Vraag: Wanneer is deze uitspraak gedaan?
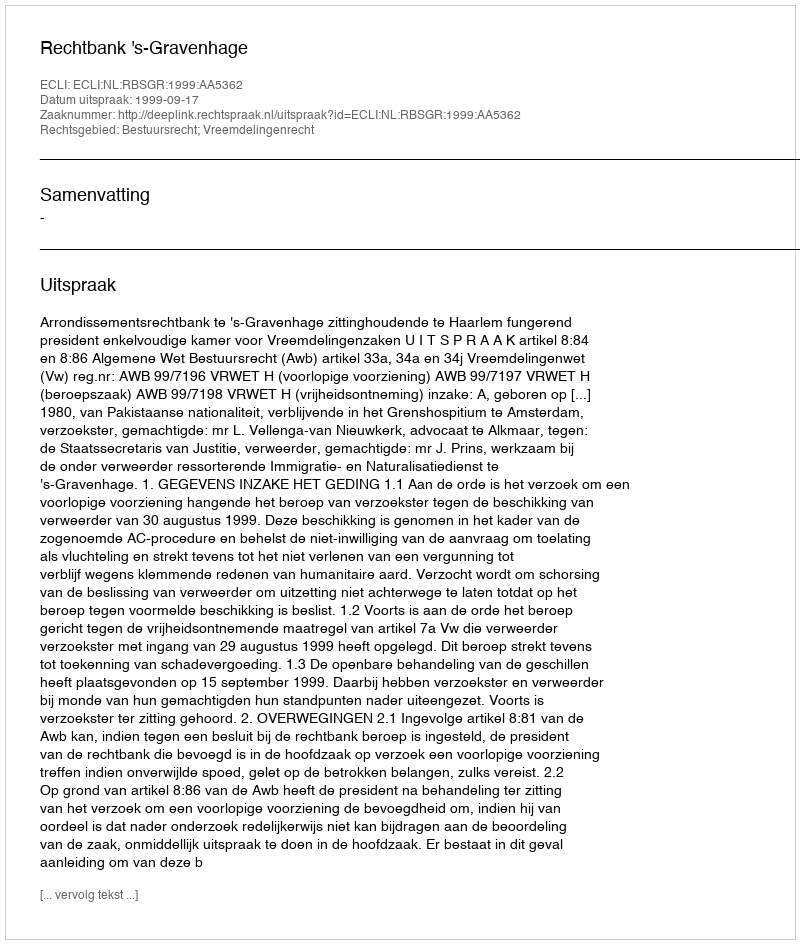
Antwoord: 1999-09-17